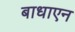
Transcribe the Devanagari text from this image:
बाधाएन